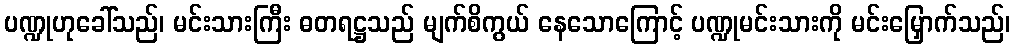
ပဏ္ဍုဟုခေါ်သည်၊ မင်းသားကြီး ဓတရဋ္ဌသည် မျက်စိကွယ် နေသောကြောင့် ပဏ္ဍုမင်းသားကို မင်းမြှောက်သည်၊